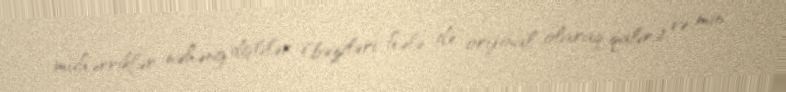
mühərriklər, nəhəng dişlilər (bəziləri hələ də orijinal olaraq qalır) və min